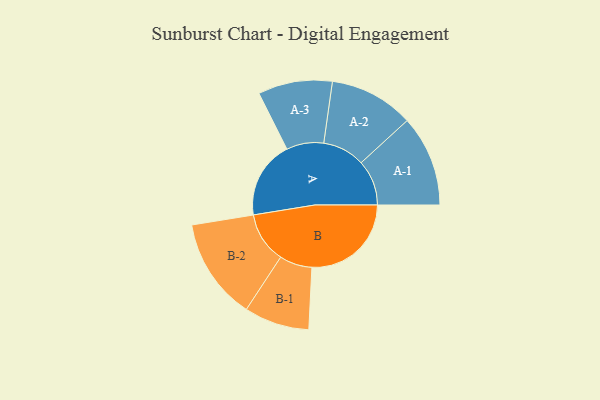
{"axis": {"x": "Segment", "y": "Value"}, "legend": ["", "A", "B"], "data": [{"x": "A", "y": 307, "type": ""}, {"x": "B", "y": 393, "type": ""}, {"x": "A-1", "y": 180, "type": "A"}, {"x": "A-2", "y": 167, "type": "A"}, {"x": "A-3", "y": 147, "type": "A"}, {"x": "B-1", "y": 129, "type": "B"}, {"x": "B-2", "y": 201, "type": "B"}]}